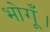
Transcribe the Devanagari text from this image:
भोगूँ।